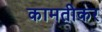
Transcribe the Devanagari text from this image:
कामतीकर